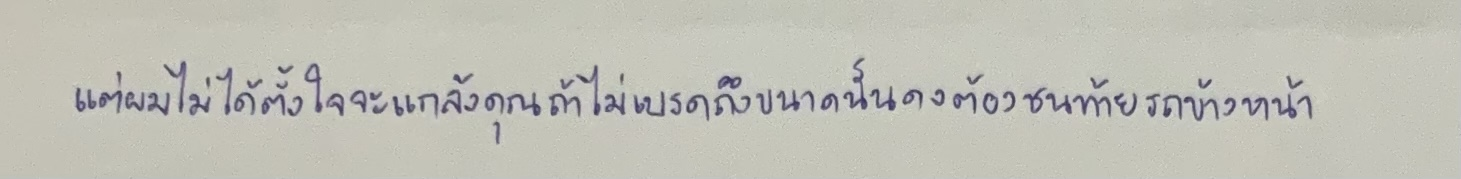
แต่ผมไม่ได้ตั้งใจจะแกล้งคุณถ้าไม่เบรคถึงขนาดนั้นคงต้องชนท้ายรถข้างหน้า